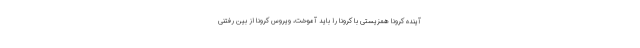
آینده کرونا همزیستی با کرونا را باید آموخت، ویروس کرونا از بین رفتنی